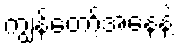
ကျွန်တော့်အနေနဲ့